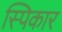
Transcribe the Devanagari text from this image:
स्पिकार